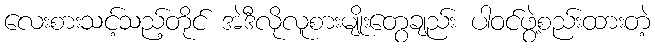
လေးစားသင့်သည့်တိုင် အဲဒီလိုလူစားမျိုးတွေချည်း ပါဝင်ဖွဲ့စည်းထားတဲ့